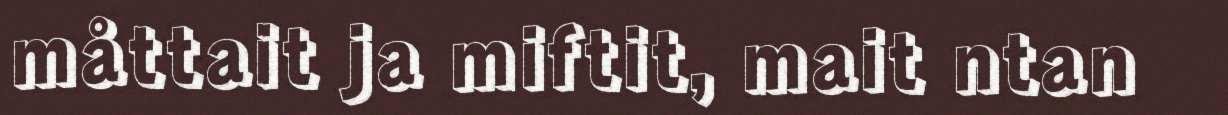
måttait ja miftit, mait ntan